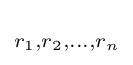
\scriptstyle r_{1},r_{2},\dots ,r_{n}